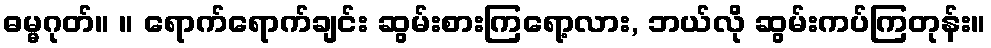
ဓမ္မဂုတ်။ ။ ရောက်ရောက်ချင်း ဆွမ်းစားကြရော့လား, ဘယ်လို ဆွမ်းကပ်ကြတုန်း။